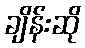
ချိန်းဆို